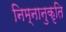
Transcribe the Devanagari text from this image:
निम्नानुकृति